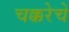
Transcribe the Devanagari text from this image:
चक्करेचे